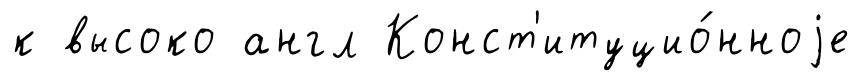
к высоко англ Конст'итуцио́нноjе